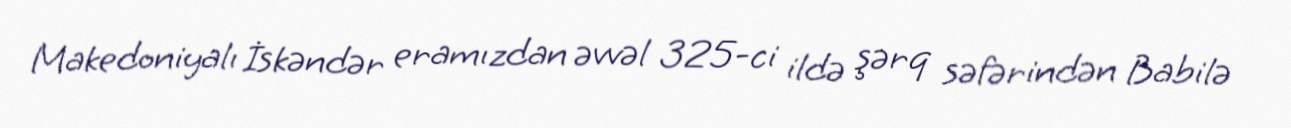
Makedoniyalı İskəndər eramızdan əvvəl 325-ci ildə şərq səfərindən Babilə